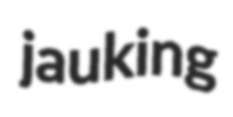
jauking